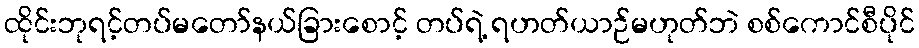
ထိုင်းဘုရင့်တပ်မတော်နယ်ခြားစောင့် တပ်ရဲ့ ရဟတ်ယာဉ်မဟုတ်ဘဲ စစ်ကောင်စီပိုင်